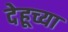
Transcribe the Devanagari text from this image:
देहूच्या